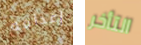
إعدامه التأخر